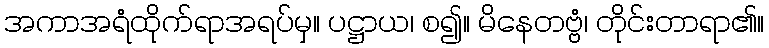
အကာအရံထိုက်ရာအရပ်မှ။ ပဋ္ဌာယ၊ စ၍။ မိနေတဗ္ဗံ၊ တိုင်းတာရာ၏။